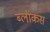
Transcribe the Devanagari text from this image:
ब्लॉकस